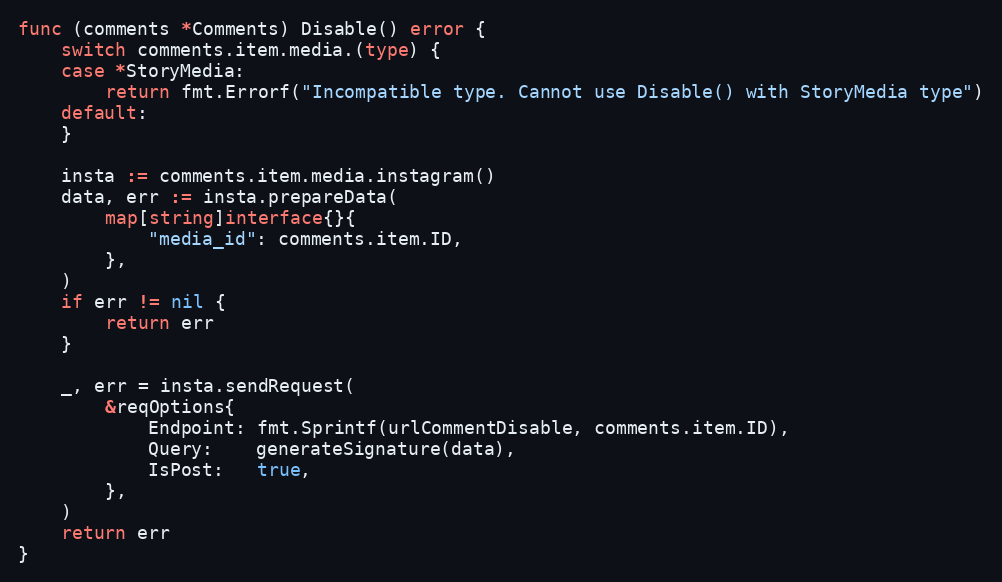
Language: Go
func (comments *Comments) Disable() error {
	switch comments.item.media.(type) {
	case *StoryMedia:
		return fmt.Errorf("Incompatible type. Cannot use Disable() with StoryMedia type")
	default:
	}

	insta := comments.item.media.instagram()
	data, err := insta.prepareData(
		map[string]interface{}{
			"media_id": comments.item.ID,
		},
	)
	if err != nil {
		return err
	}

	_, err = insta.sendRequest(
		&reqOptions{
			Endpoint: fmt.Sprintf(urlCommentDisable, comments.item.ID),
			Query:    generateSignature(data),
			IsPost:   true,
		},
	)
	return err
}